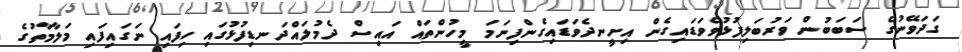
ގަދަވޭނުގެ ސަބަބުން ވަރުބަލިފުޅުވެވަޑައިގެން އިށީނދެވަޑައިގެންފިނަމަ މީހުންތައް އައިސް ދެމުލައްދަނޑިފުޅުގައި ހިފައި ނަގައިފައި މަލާމާތުގެ